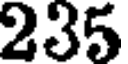
235